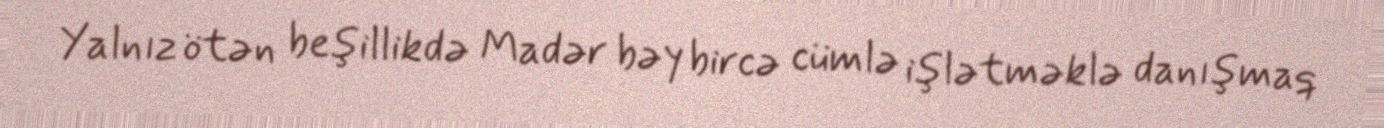
Yalnız ötən beşillikdə Madər bəy bircə cümlə işlətməklə danışmaq